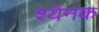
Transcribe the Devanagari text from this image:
श्येनक